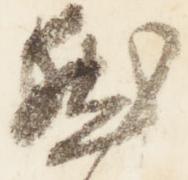
然